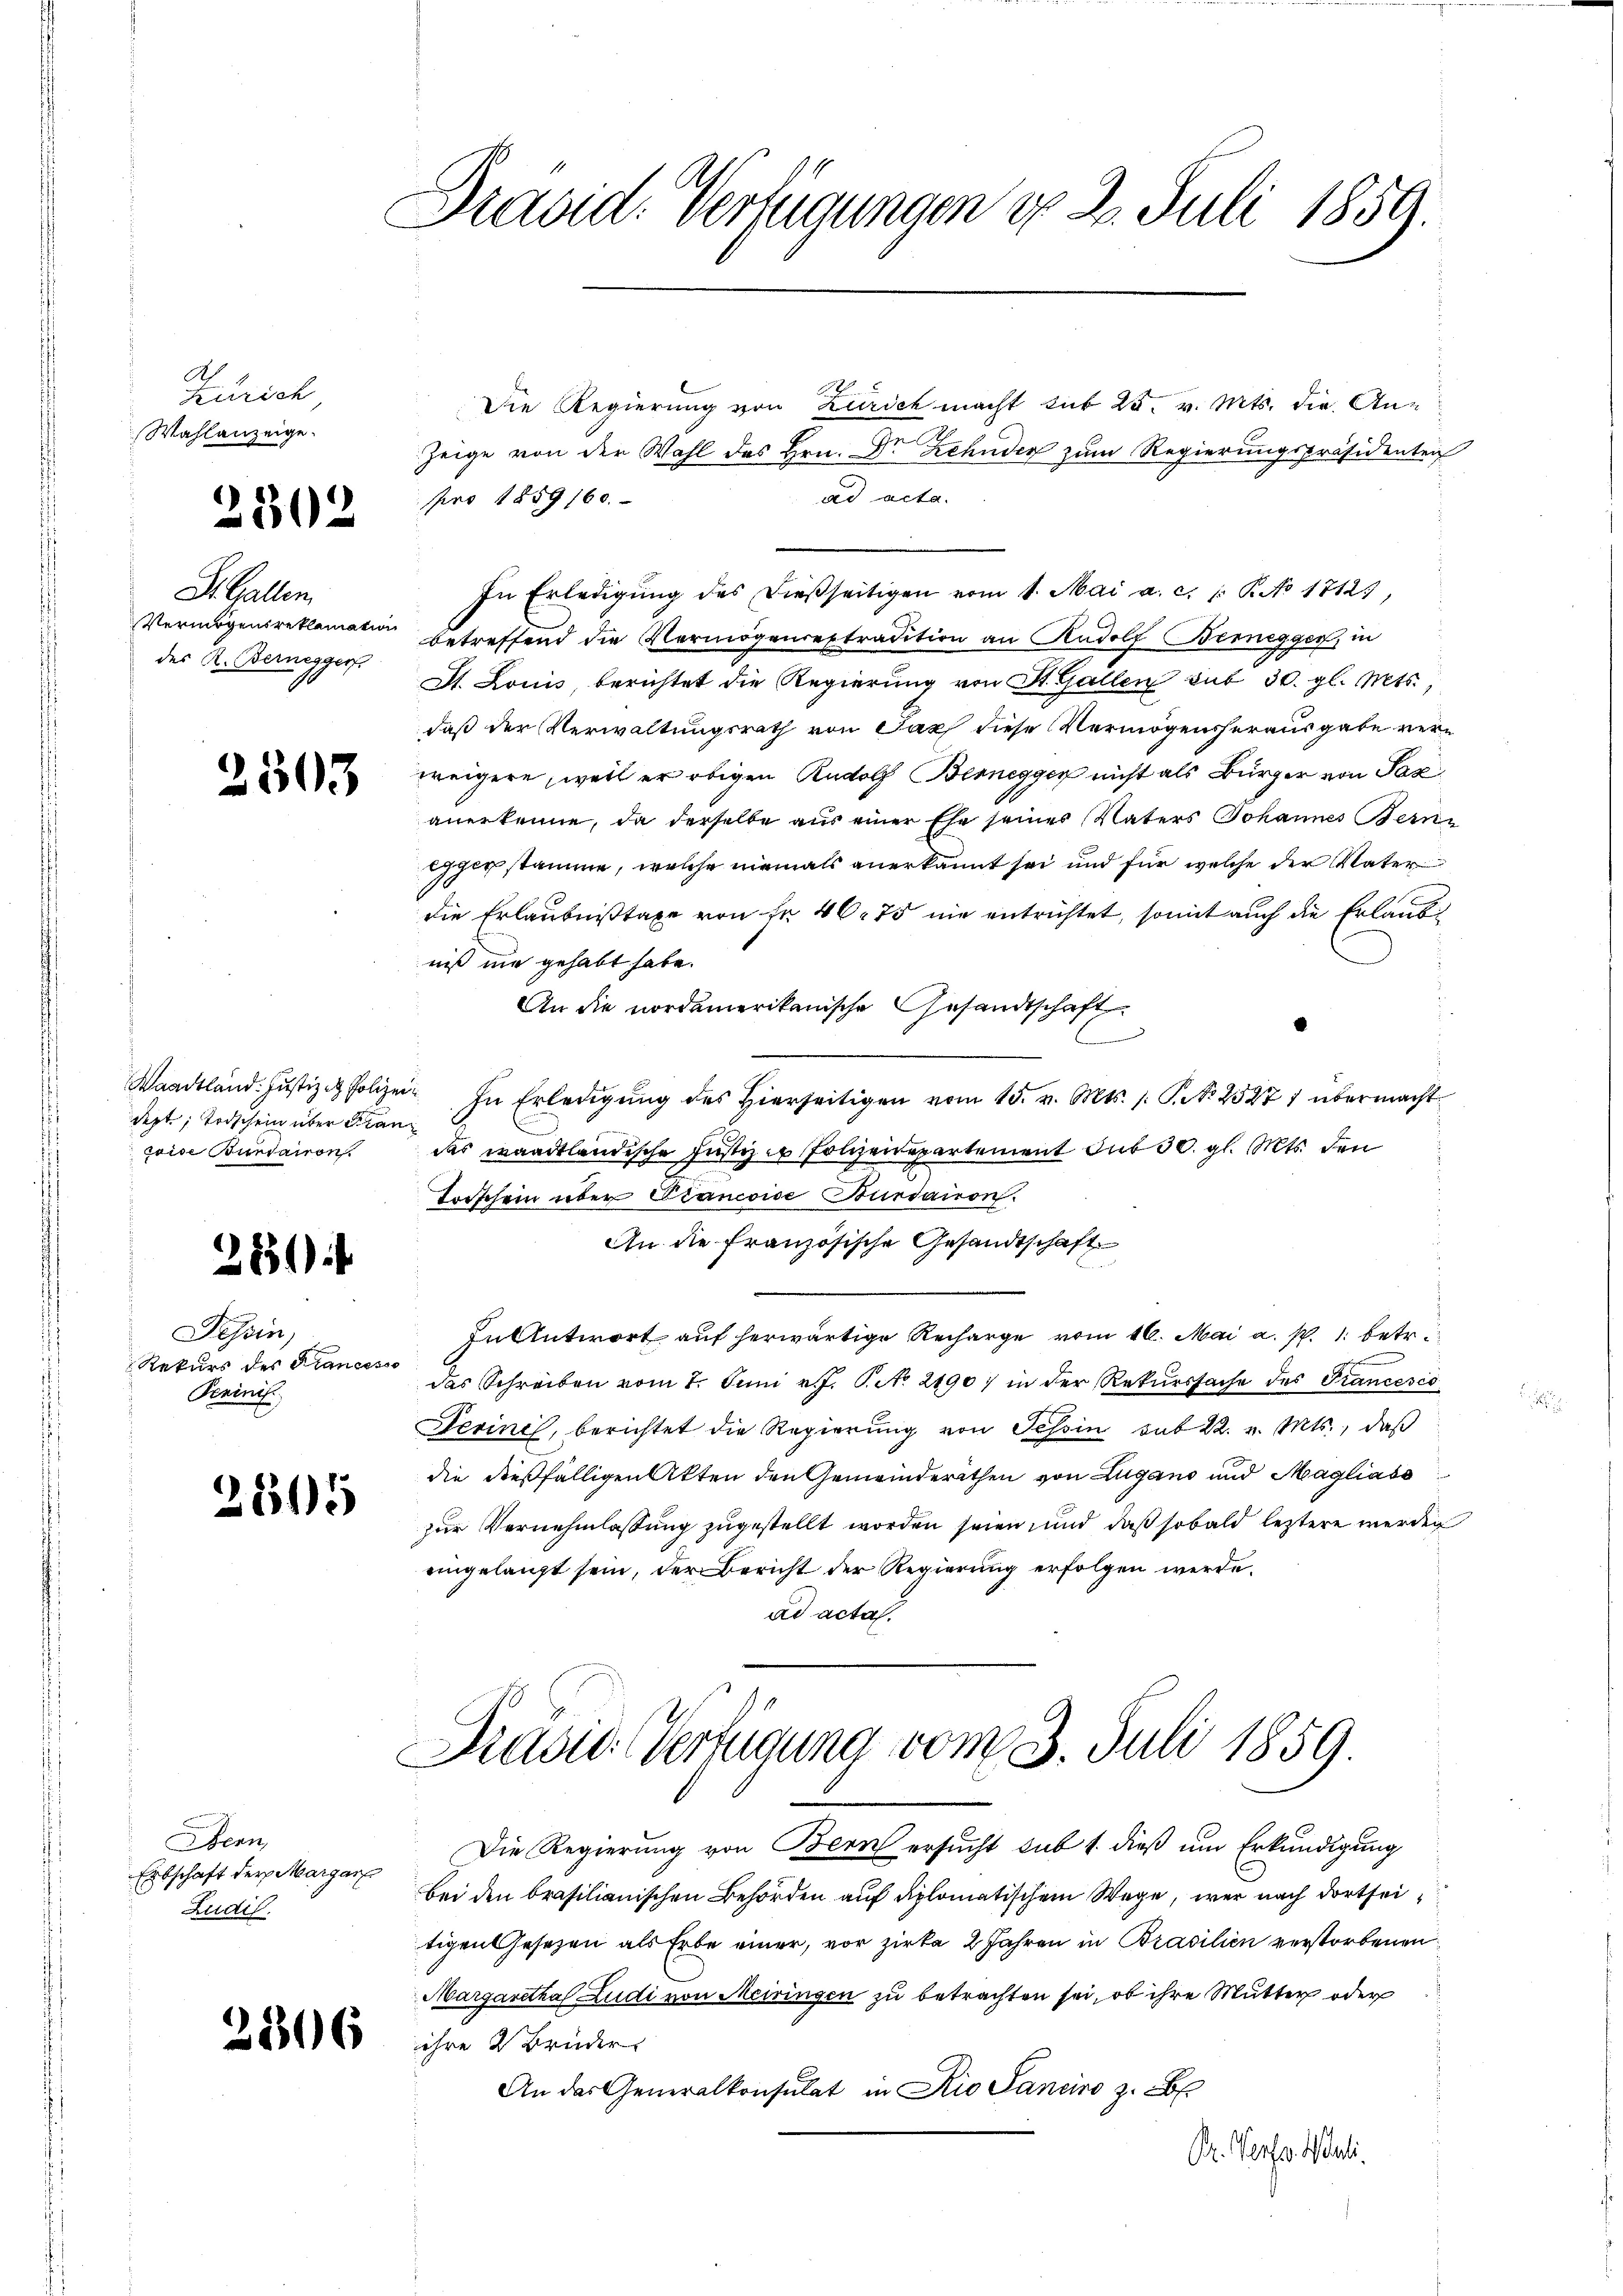
A
Kirich
Wahlanzeige.

St. Gallen.
Vermögensreklamation
des K. Berneggers

3

302

03

Waadtland: Justiz & Polizei
dept, Todschein über Fran
coise Burdairon

281)

Tessin,
Rekurs des Francesse
Peninis

2615

Bern
Erbschaft der Margare
Ludil.

3816

Draud. Verfügungen do 2. Juli 1859.

Die Regierung von Zürich macht mit 25. v. Mts. die An¬
Zeige von der Wahl des Hrn. Dr Zehnder zum Regierungspräsidenten
ad acta.
pro 1859 160.
In Erledigŭng des dießseitigen vom 1. Mai a. c. l. P. No 1812,
betreffend die Vermögensextradition an Rudolf Bernegger, in
Dt. Louis, berichtet die Regierŭng von St. Gallen sub 30. gl. Mts.,
daß der Verwaltungsrath von Fach diese Vermögensherausgabe verweigere, weil er obigen Rudolf Bernegger nicht als Bürger von Paz
anerkenne, da derselbe aus einer Ehe seines Vaters Johannes Berne
egger stamme, welche niemals anerkannt sei und für welche der Vater
die Erlaubnißtaxe von fr. 4675 nie entrichtet, somit auch die Erlaubt
niß nie gehabt habe.
An die nordamerikanische Gesandtschaft
.
In Erledigŭng des hierseitigen vom 15. v. Mts. 1. P. Nr. 25271 übermacht
das waadtländische Justiz in Polizeidepartement der 30. gl. Mts. den
Torschein über Plancoise Burdaion.
An die französische Gesandtschaft
In Antwort auf herwärtige Recharge vom 16. Mai a. p. 1. betr.
e
das Schreiben vom 1. Juni v. J. Pct. 21901 in der Rekurssache des Pancésio
Perine, berichtet die Regierung von Tessin sub 22. v. Mts., daß
die dießfälligen Akten den Gemeinderathen von Lugano und Magliass
zur Vernehmlassung zugestellt worden seien und daß sobald leztere werden
eingelangt sein, der Bericht der Regierung erfolgen werde.
ad acta.

Pravić-Verfügung vom 3. Juli 1859.

Die Regierung von Bern ersucht sub 1. dieß um Erkundigung
bei den brasilianischen Behörden auf diplomatischem Wege, wer nach dortseitigen Gesetzen als Erbe einer, vor zirke 2 Jahren in Brasilien verstorbenen
Margaretha Ludi von Meiringen zu betrachten sei, ob ihre Mutter oder
ihre 2 Brüder
An das Generalkonsulat in Rio Sanciro z. B.
Dr. Verfer Mauli.